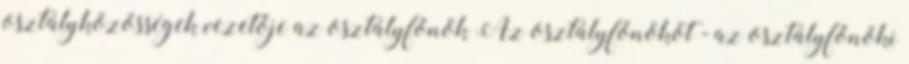
osztályközösségek vezetője az osztályfőnök Az osztályfőnököt - az osztályfőnöki